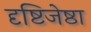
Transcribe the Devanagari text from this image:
दृष्टिजेष्ठा